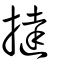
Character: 撻